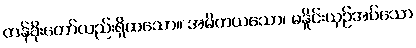
တန်ခိုးတော်လည်းရှိထသော။ အမိတယသော၊ မနှိုင်းယှဉ်အပ်သော